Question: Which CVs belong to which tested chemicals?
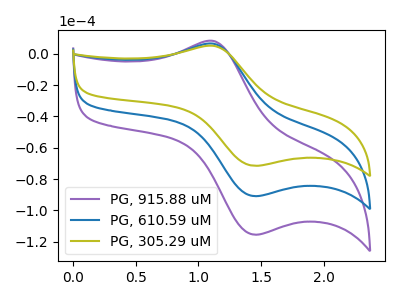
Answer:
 <answer>The purple curve is labeled "PG, 915.88 uM". The blue curve is labeled "PG, 610.59 uM". The olive curve is labeled "PG, 305.29 uM".</answer>
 <eval></eval>